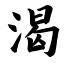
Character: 渴